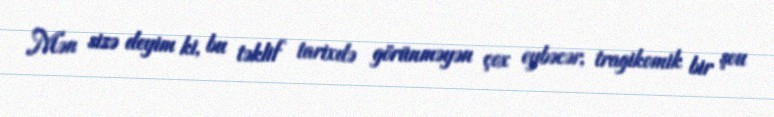
Mən sizə deyim ki, bu təklif tarixdə görünməyən çox eybəcər, tragikomik bir şou